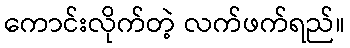
ကောင်းလိုက်တဲ့ လက်ဖက်ရည်။